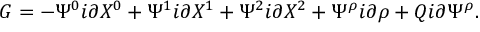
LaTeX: G = - \Psi ^ { 0 } i \partial X ^ { 0 } + \Psi ^ { 1 } i \partial X ^ { 1 } + \Psi ^ { 2 } i \partial X ^ { 2 } + \Psi ^ { \rho } i \partial \rho + Q i \partial \Psi ^ { \rho } .